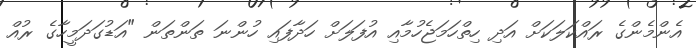
އެންމެންގެ ރައްކަލަކަށް އަދި ހިތްހަމަޖެހުމާއި އުފަލަށް ހަދާފައި ހުންނަ ތަންތަން "އަޑުގަދަމީހާގެ ރުއް